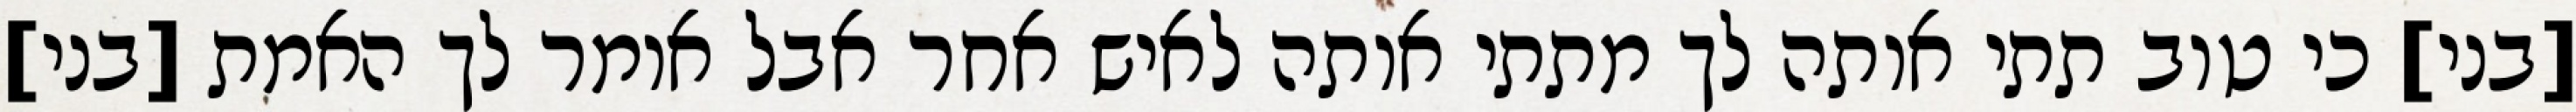
[בני] כי טוב תתי אותה לך מתתי אותה לאיש אחר אבל אומר לך האמת [בני]